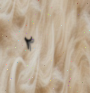
٢